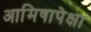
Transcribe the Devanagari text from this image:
आमिषापेक्षा